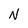
Character: N